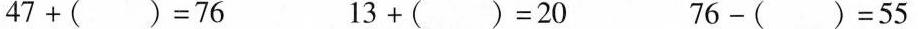
47+()=76 13+()=20 76-()=55